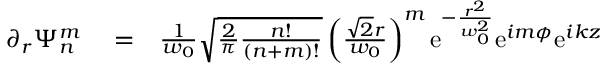
\begin{array} { r l r } { \partial _ { r } \Psi _ { n } ^ { m } } & { { } = } & { \frac { 1 } { w _ { 0 } } \sqrt { \frac { 2 } { \pi } \frac { n ! } { ( n + m ) ! } } \left( \frac { \sqrt { 2 } r } { w _ { 0 } } \right) ^ { m } \mathrm { e } ^ { - \frac { r ^ { 2 } } { w _ { 0 } ^ { 2 } } } \mathrm { e } ^ { i m \phi } \mathrm { e } ^ { i k z } } \end{array}